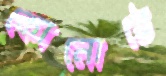
কোনোঠে